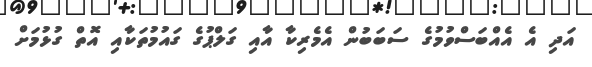
އަދި އެ އެއްބަސްވުމުގެ ސަބަބުން އެމެރިކާ އާއި ގަލްޕުގެ ގައުމުތަކާއި އޮތް ގުޅުމަށް